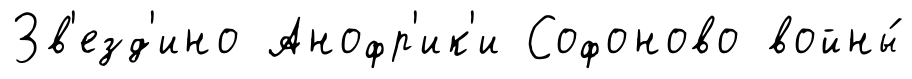
Зв'езд'ино Анофр'ик'и Софоново войны́